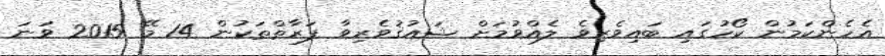
އެހެންކަމުން ކޯހުގައި ބައިވެރިވެ ލެއްވުމަށް ޝައުޤުވެރިވާ ފަރާތްތަކުން 14 މޭ 2015 ވަނަ